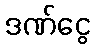
ဒဏ်ငွေ